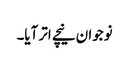
نوجوان نیچے اتر آیا۔